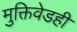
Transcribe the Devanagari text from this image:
मुक्तिवेडही